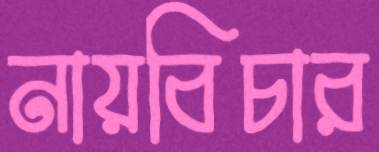
নায়বিচার